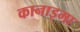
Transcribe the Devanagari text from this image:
कानाइमा